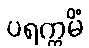
ပရက္ကမိံ